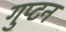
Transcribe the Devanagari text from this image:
गुप्टन